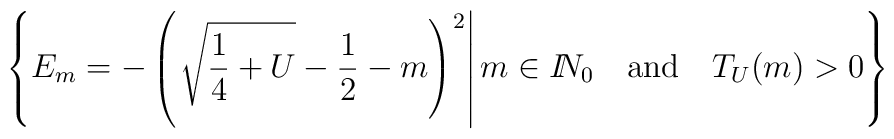
\left\{E_m=-\left(\left.\sqrt{\frac14+U}-\frac12-m\right)^2\right|m\in I\!\!N_0 \quad\mbox{and}\quad T_U(m)>0\right\}